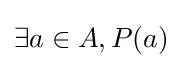
\exists a\in A,P(a)